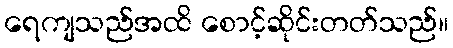
ရေကျသည်အထိ စောင့်ဆိုင်းတတ်သည်။